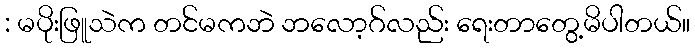
: မပိုးဖြူသဲက တင်မကဘဲ ဘလော့ဂ်လည်း ရေးတာတွေ့မိပါတယ်။